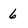
Character: 6